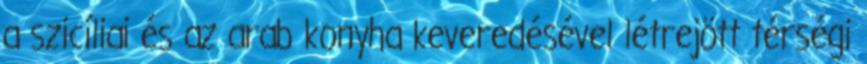
a szicíliai és az arab konyha keveredésével létrejött térségi